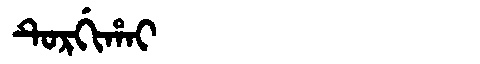
Manchu: ᡨᡠᡵᡤᡳᡥᠠᡳ
Romanization: TURGIHAI